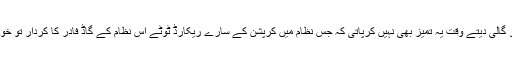
بوزنوں کی ایک پوری نسل جمہویت کو گالی دیتے وقت یہ تمیز بھی نہیں کرپاتی کہ جس نظام میں کرپشن کے سارے ریکارڈ ٹوٹے اس نظام کے گاڈ فادر کا کردار تو خود ریاستی ادارے کرتے چلے آرہے ہیں۔